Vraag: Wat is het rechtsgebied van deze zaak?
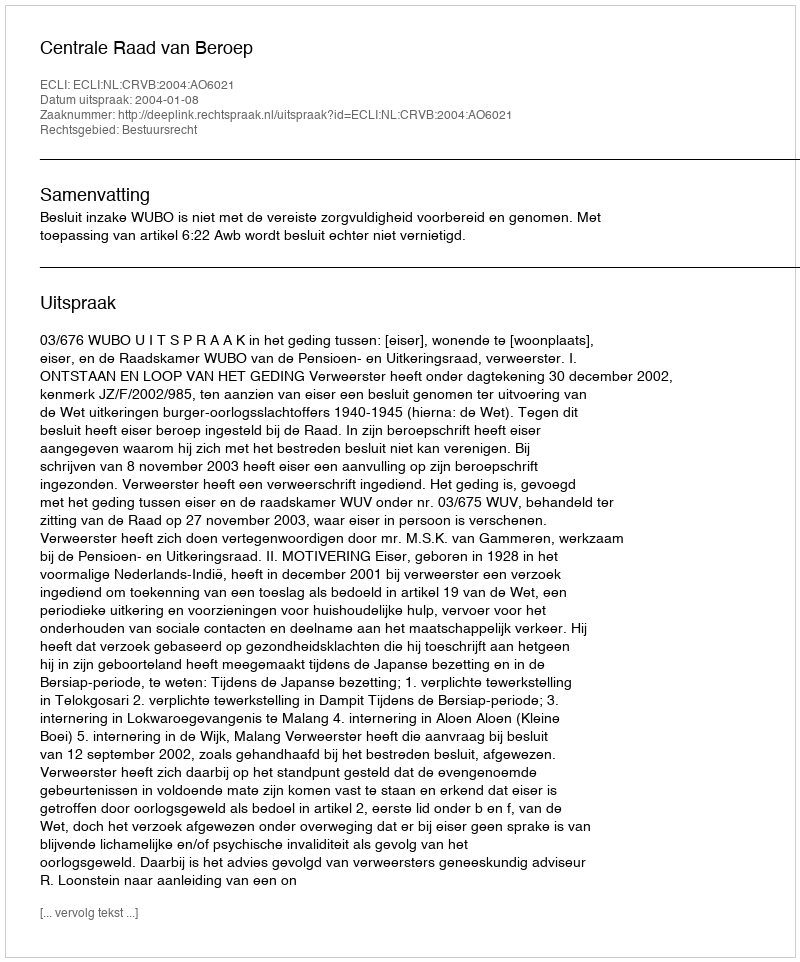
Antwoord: Bestuursrecht